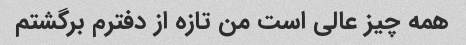
همه چیز عالی است من تازه از دفترم برگشتم